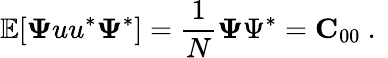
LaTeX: \mathbb{E}[{\mathbf\Psi uu}^{*}{\mathbf\Psi}^{*}]=\frac{1}{N}{\mathbf\Psi\Psi}^{*}={\mathbf C}_{00}\mathrm{~.~}